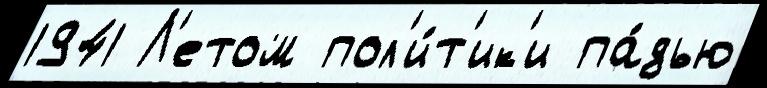
1941 Л'етом пол'и́т'ик'и па́дью